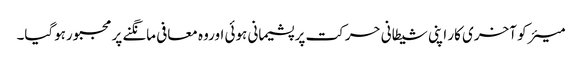
میئر کو آخری کار اپنی شیطانی حرکت پر پشیمانی ہوئی اوروہ معافی مانگنے پر مجبورہوگیا۔